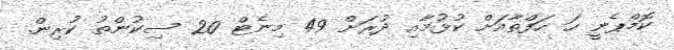
ކޮމްޕެނީ ހަ ހަފްތާއަށް ކުޅުމާއި ދުރަށް 49 މިނެޓް 20 ސިކުންތު ކުރިން.